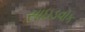
સાઇડવૉક